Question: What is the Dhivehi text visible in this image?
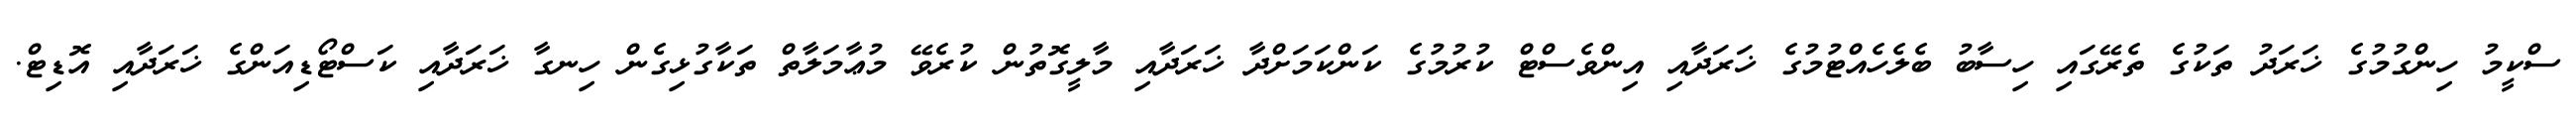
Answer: ސްކީމު ހިންގުމުގެ ޚަރަދު ތަކުގެ ތެރޭގައި ހިސާބު ބެލެހެއްޓުމުގެ ޚަރަދާއި އިންވެސްޓް ކުރުމުގެ ކަންކަމަށްދާ ޚަރަދާއި މާލީގޮތުން ކުރެވޭ މުޢާމަލާތް ތަކާގުޅިގެން ހިނގާ ޚަރަދާއި ކަސްޓޯޑިއަންގެ ޚަރަދާއި އޮޑިޓް.